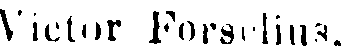
Victor Forselius,